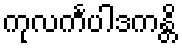
ကုလင်္ကပါဒကန္တိ